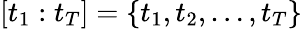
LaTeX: [t_{1}:t_{T}]=\{ t_{1},t_{2},\dots,t_{T}\}